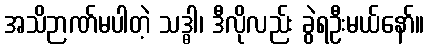
အသိဉာဏ်မပါတဲ့ သဒ္ဓါ၊ ဒီလိုလည်း ခွဲရဦးမယ်နော်။